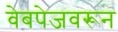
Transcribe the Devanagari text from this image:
वेबपेजवरून